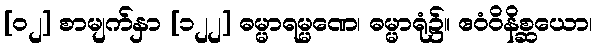
[၀၂] စာမျက်နှာ [၁၂၂] ဓမ္မာရမ္မဏေ၊ ဓမ္မာရုံ၌။ ဧဝံဝိနိစ္ဆယော၊